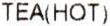
TEA(HOT)